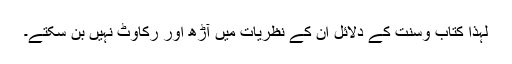
لہذا کتاب وسنت کے دلائل ان کے نظریات میں آڑھ اور رکاوٹ نہیں بن سکتے۔